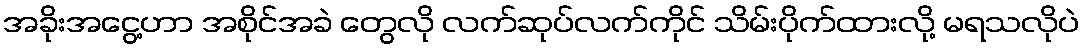
အခိုးအငွေ့ဟာ အစိုင်အခဲ တွေလို လက်ဆုပ်လက်ကိုင် သိမ်းပိုက်ထားလို့ မရသလိုပဲ